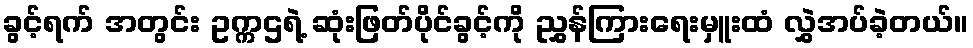
ခွင့်ရက် အတွင်း ဥက္ကဌရဲ့ ဆုံးဖြတ်ပိုင်ခွင့်ကို ညွှန်ကြားရေးမှူးထံ လွှဲအပ်ခဲ့တယ်။